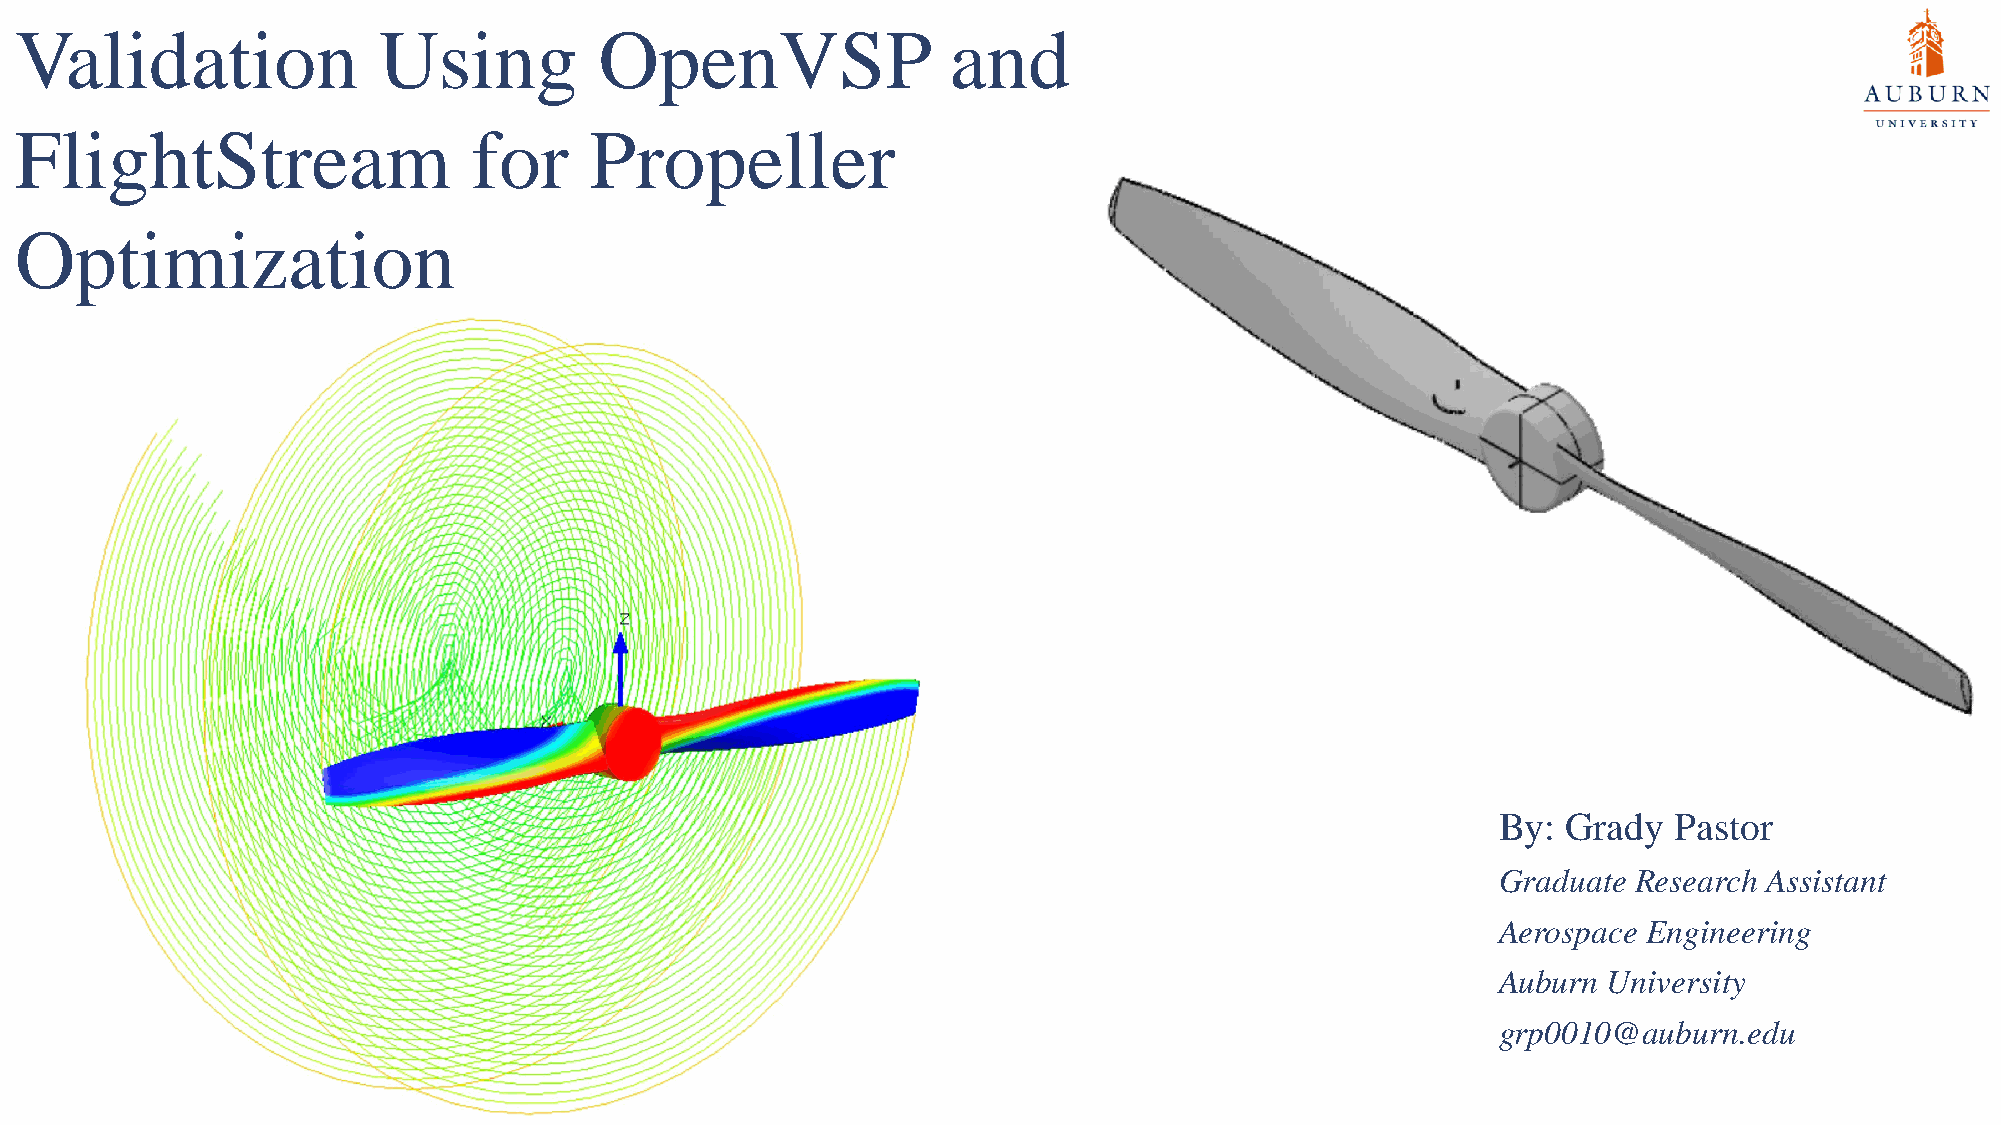
Validation              Using          OpenVSP                and
 FlightStream                  for     Propeller
 Optimization
 By:  Grady  Pastor
 Graduate Research Assistant
 Aerospace Engineering
 Auburn University
 grp0010@auburn.edu